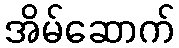
အိမ်ဆောက်